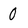
Character: 0